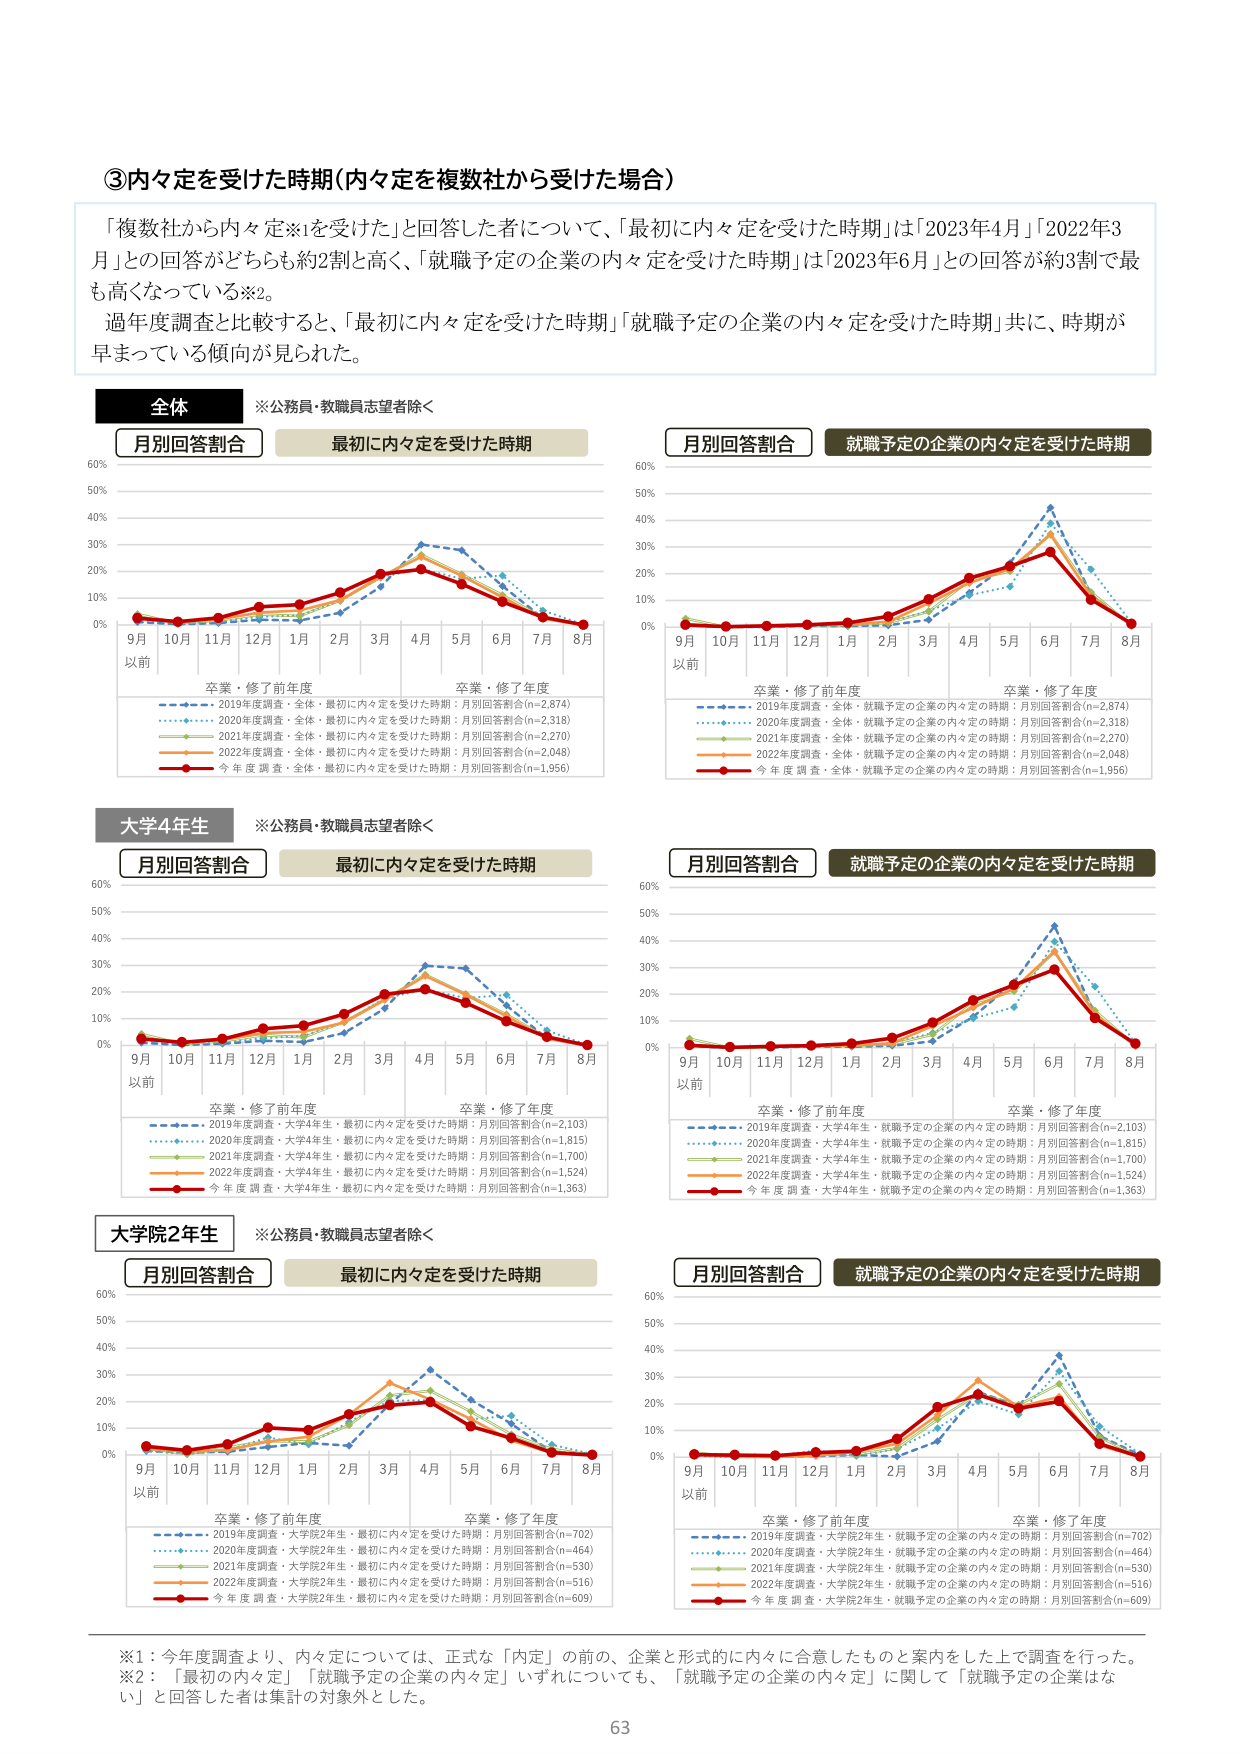
③内々定を受けた時期（内々定を複数社から受けた場合）

「複数社から内々定※1を受けた」と回答した者について、「最初に内々定を受けた時期」は「2023年4月」「2022年3月」との回答がどちらも約2割と高く、「就職予定の企業の内々定を受けた時期」は「2023年6月」との回答が約3割で最も高くなっている※2。

過年度調査と比較すると、「最初に内々定を受けた時期」「就職予定の企業の内々定を受けた時期」共に、時期が早まっている傾向が見られた。

全体
※公務員・教職員志望者除く

月別回答割合
最初に内々定を受けた時期

月別回答割合
就職予定の企業の内々定を受けた時期

9月以前 10月 11月 12月 1月 2月 3月 4月 5月 6月 7月 8月
卒業・修了前年度 卒業・修了年度

2019年度調査・全体・最初に内々定を受けた時期：月別回答割合(n=2,874)
2020年度調査・全体・最初に内々定を受けた時期：月別回答割合(n=2,318)
2021年度調査・全体・最初に内々定を受けた時期：月別回答割合(n=2,270)
2022年度調査・全体・最初に内々定を受けた時期：月別回答割合(n=2,048)
今年度調査・全体・最初に内々定を受けた時期：月別回答割合(n=1,956)

9月以前 10月 11月 12月 1月 2月 3月 4月 5月 6月 7月 8月
卒業・修了前年度 卒業・修了年度

2019年度調査・全体・就職予定の企業の内々定の時期：月別回答割合(n=2,874)
2020年度調査・全体・就職予定の企業の内々定の時期：月別回答割合(n=2,318)
2021年度調査・全体・就職予定の企業の内々定の時期：月別回答割合(n=2,270)
2022年度調査・全体・就職予定の企業の内々定の時期：月別回答割合(n=2,048)
今年度調査・全体・就職予定の企業の内々定の時期：月別回答割合(n=1,956)

大学4年生
※公務員・教職員志望者除く

月別回答割合
最初に内々定を受けた時期

月別回答割合
就職予定の企業の内々定を受けた時期

9月以前 10月 11月 12月 1月 2月 3月 4月 5月 6月 7月 8月
卒業・修了前年度 卒業・修了年度

2019年度調査・大学4年生・最初に内々定を受けた時期：月別回答割合(n=2,103)
2020年度調査・大学4年生・最初に内々定を受けた時期：月別回答割合(n=1,815)
2021年度調査・大学4年生・最初に内々定を受けた時期：月別回答割合(n=1,700)
2022年度調査・大学4年生・最初に内々定を受けた時期：月別回答割合(n=1,524)
今年度調査・大学4年生・最初に内々定を受けた時期：月別回答割合(n=1,363)

9月以前 10月 11月 12月 1月 2月 3月 4月 5月 6月 7月 8月
卒業・修了前年度 卒業・修了年度

2019年度調査・大学4年生・就職予定の企業の内々定の時期：月別回答割合(n=2,103)
2020年度調査・大学4年生・就職予定の企業の内々定の時期：月別回答割合(n=1,815)
2021年度調査・大学4年生・就職予定の企業の内々定の時期：月別回答割合(n=1,700)
2022年度調査・大学4年生・就職予定の企業の内々定の時期：月別回答割合(n=1,524)
今年度調査・大学4年生・就職予定の企業の内々定の時期：月別回答割合(n=1,363)

大学院2年生
※公務員・教職員志望者除く

月別回答割合
最初に内々定を受けた時期

月別回答割合
就職予定の企業の内々定を受けた時期

9月以前 10月 11月 12月 1月 2月 3月 4月 5月 6月 7月 8月
卒業・修了前年度 卒業・修了年度

2019年度調査・大学院2年生・最初に内々定を受けた時期：月別回答割合(n=702)
2020年度調査・大学院2年生・最初に内々定を受けた時期：月別回答割合(n=464)
2021年度調査・大学院2年生・最初に内々定を受けた時期：月別回答割合(n=530)
2022年度調査・大学院2年生・最初に内々定を受けた時期：月別回答割合(n=516)
今年度調査・大学院2年生・最初に内々定を受けた時期：月別回答割合(n=609)

9月以前 10月 11月 12月 1月 2月 3月 4月 5月 6月 7月 8月
卒業・修了前年度 卒業・修了年度

2019年度調査・大学院2年生・就職予定の企業の内々定の時期：月別回答割合(n=702)
2020年度調査・大学院2年生・就職予定の企業の内々定の時期：月別回答割合(n=464)
2021年度調査・大学院2年生・就職予定の企業の内々定の時期：月別回答割合(n=530)
2022年度調査・大学院2年生・就職予定の企業の内々定の時期：月別回答割合(n=516)
今年度調査・大学院2年生・就職予定の企業の内々定の時期：月別回答割合(n=609)

※1：今年度調査より、内々定については、正式な「内定」の前の、企業と形式的に内々に合意したものと案内をした上で調査を行った。
※2：「最初の内々定」「就職予定の企業の内々定」いずれについても、「就職予定の企業の内々定」に関して「就職予定の企業はない」と回答した者は集計の対象外とした。

63